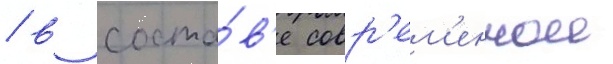
/ в соста́в'е совр'ем'еннои